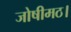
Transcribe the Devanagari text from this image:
जोषीमठ।